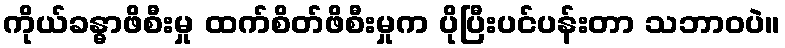
ကိုယ်ခန္ဓာဖိစီးမှု ထက်စိတ်ဖိစီးမှုက ပိုပြီးပင်ပန်းတာ သဘာဝပဲ။